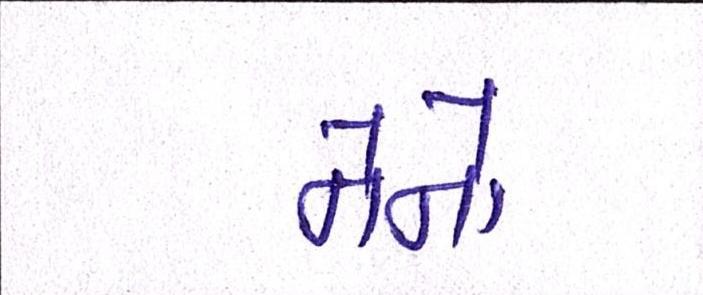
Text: નેનો